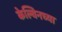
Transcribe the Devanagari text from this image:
केल्विनच्या